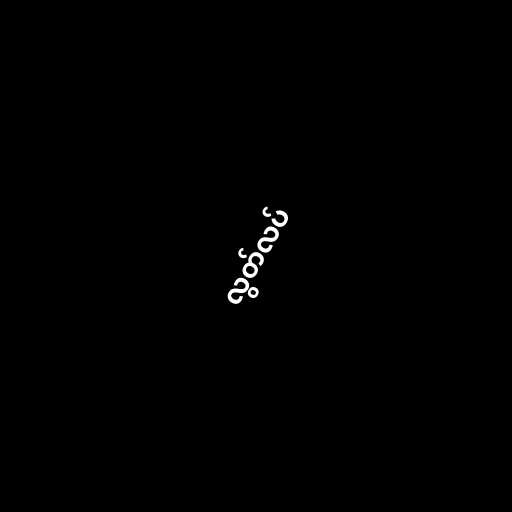
လွတ်လပ်